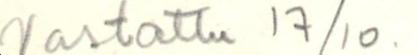
Vastattu 17/10.